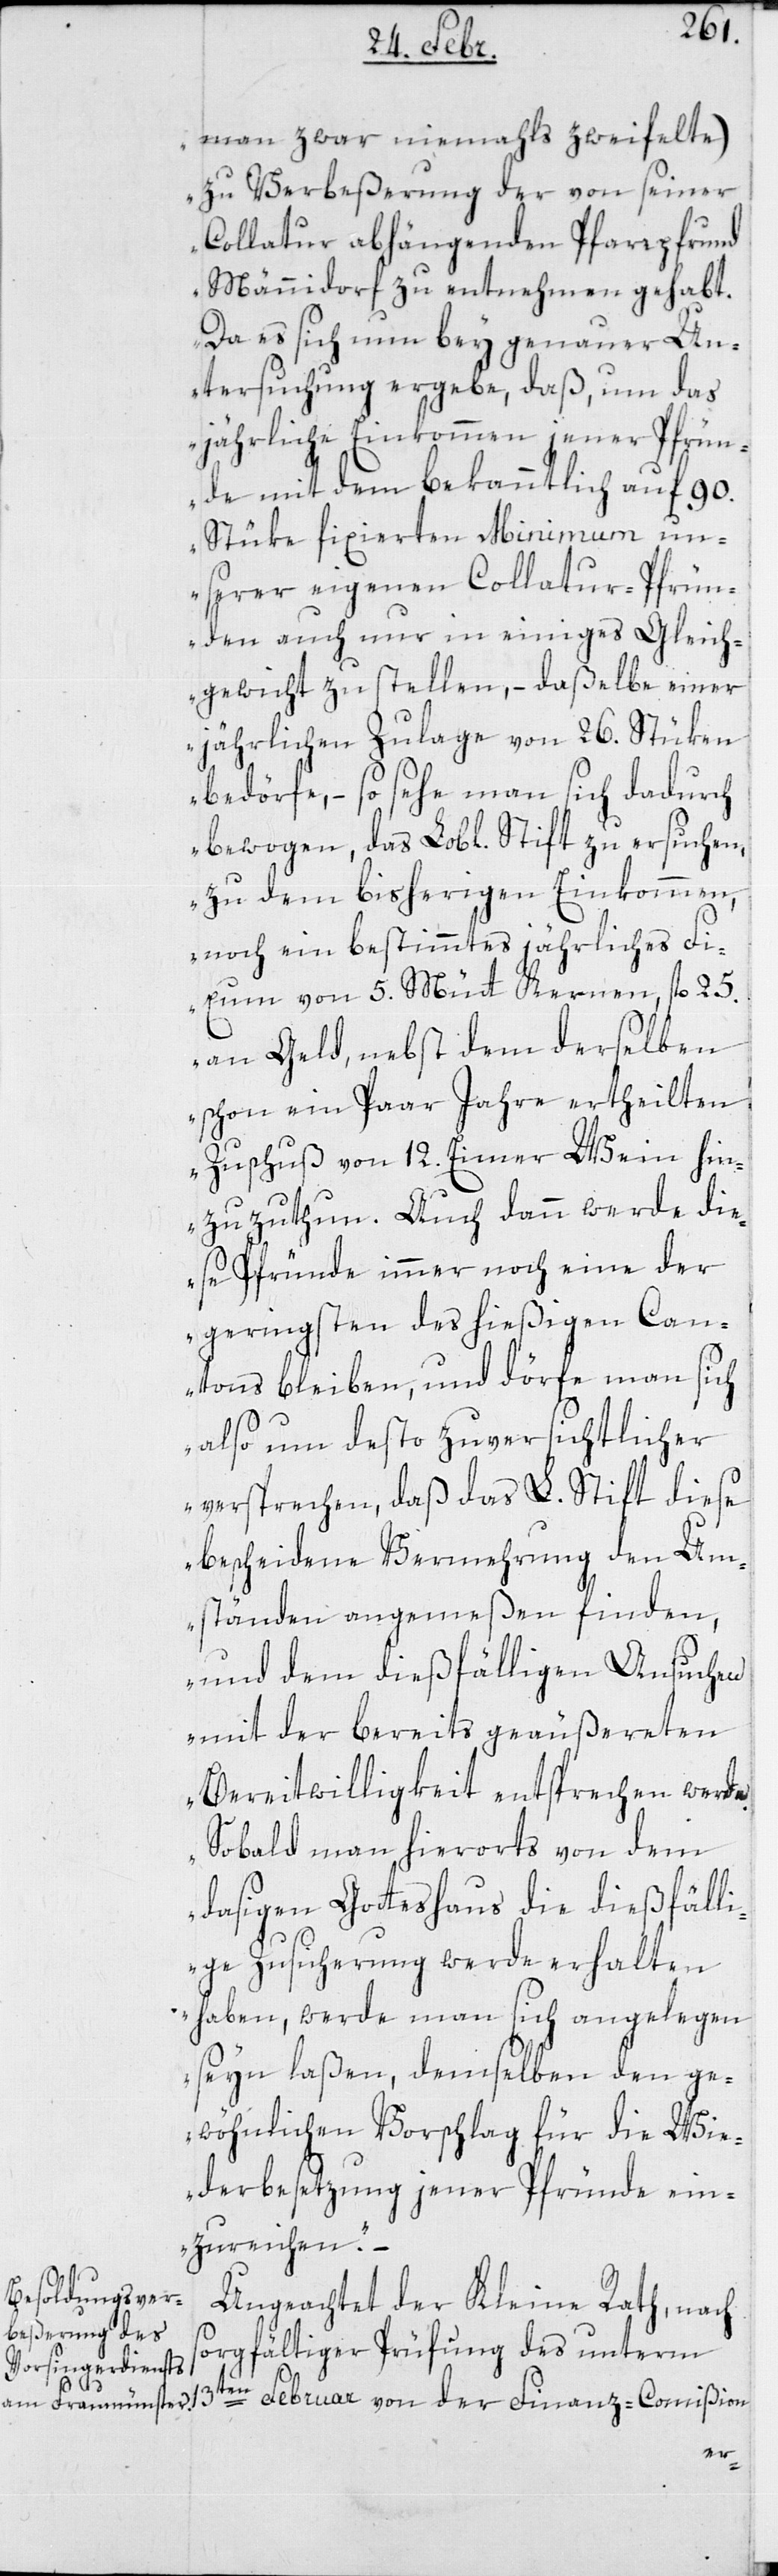
man zwar niemals zweifelte),
zu Verbeßerung der von seiner
Collatur abhängenden Pfarrpfrund
Männidorf zu entnehmen gehabt.
Da es sich nun bey genauer Un¬
tersuchung ergebe, daß um das
jährliche Einkommen jener Pfrün¬
de mit dem bekanntlich auf 90.
Stüke fixierten Minimum un¬
serer eigenen Collatur-Pfrün¬
den auch nur in einiges Gleich¬
gewicht zu stellen, – daßelbe einer
jährlichen Zulage von 26. Stüken
bedörfe, – so sehe man sich dadurch
zu dem bisherigen Einkommen,
noch ein bestimmtes jährliches Fi¬
xum von 5. Mütt Kernen, 25.
an Geld, nebst dem derselben
schon ein paar Jahre ertheilten
Zuschuß von 12. Eimer Wein hin¬
zu zu thun. Auch dann werde die¬
se Pfründe immer noch eine der
Geringsten des hießigen Can¬
tons bleiben, und dörfe man sich
also um desto zuversichtlicher
versprechen, daß das L. Stift diese
bescheidene Vermehrung den Um¬
ständen angemeßen finden,
und dem dießfälligen Ansuchen
mit der bereits geäußereten
Bereitwilligkeit entsprechen werde.
Sobald man hierorts von dem
dasigen Gotteshaus die dießfäll¬
ige Zusicherung werde erhalten
haben, werde man sich angelegen
seyn laßen, demselben den ge¬
wöhnlichen Vorschlag für die Wie¬
derbesetzung jener Pfründe ein¬
zureichen“.
Ungeachtet der Kleine Rath, nach
sorgfältiger Prüfung des unterm
der